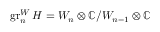
\operatorname { g r } _ { n } ^ { W } H = W _ { n } \otimes \mathbb { C } / W _ { n - 1 } \otimes \mathbb { C }